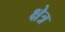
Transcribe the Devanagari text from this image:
क्षेत्र